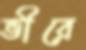
ভীরে